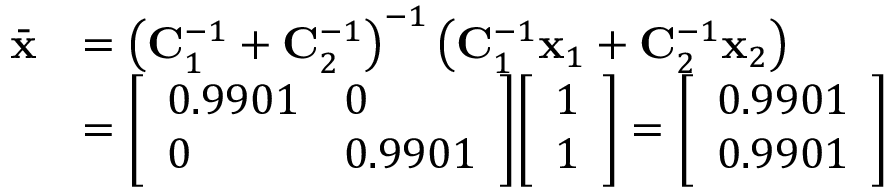
{ \begin{array} { r l } { { \bar { \mathbf { x } } } } & { = \left( \mathbf { C } _ { 1 } ^ { - 1 } + \mathbf { C } _ { 2 } ^ { - 1 } \right) ^ { - 1 } \left( \mathbf { C } _ { 1 } ^ { - 1 } \mathbf { x } _ { 1 } + \mathbf { C } _ { 2 } ^ { - 1 } \mathbf { x } _ { 2 } \right) } \\ & { = { \left[ \begin{array} { l l } { 0 . 9 9 0 1 } & { 0 } \\ { 0 } & { 0 . 9 9 0 1 } \end{array} \right] } { \left[ \begin{array} { l } { 1 } \\ { 1 } \end{array} \right] } = { \left[ \begin{array} { l } { 0 . 9 9 0 1 } \\ { 0 . 9 9 0 1 } \end{array} \right] } } \end{array} }